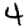
Digit: 4